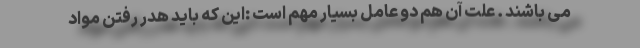
می باشند . علت آن هم دو عامل بسیار مهم است :این که باید هدر رفتن مواد